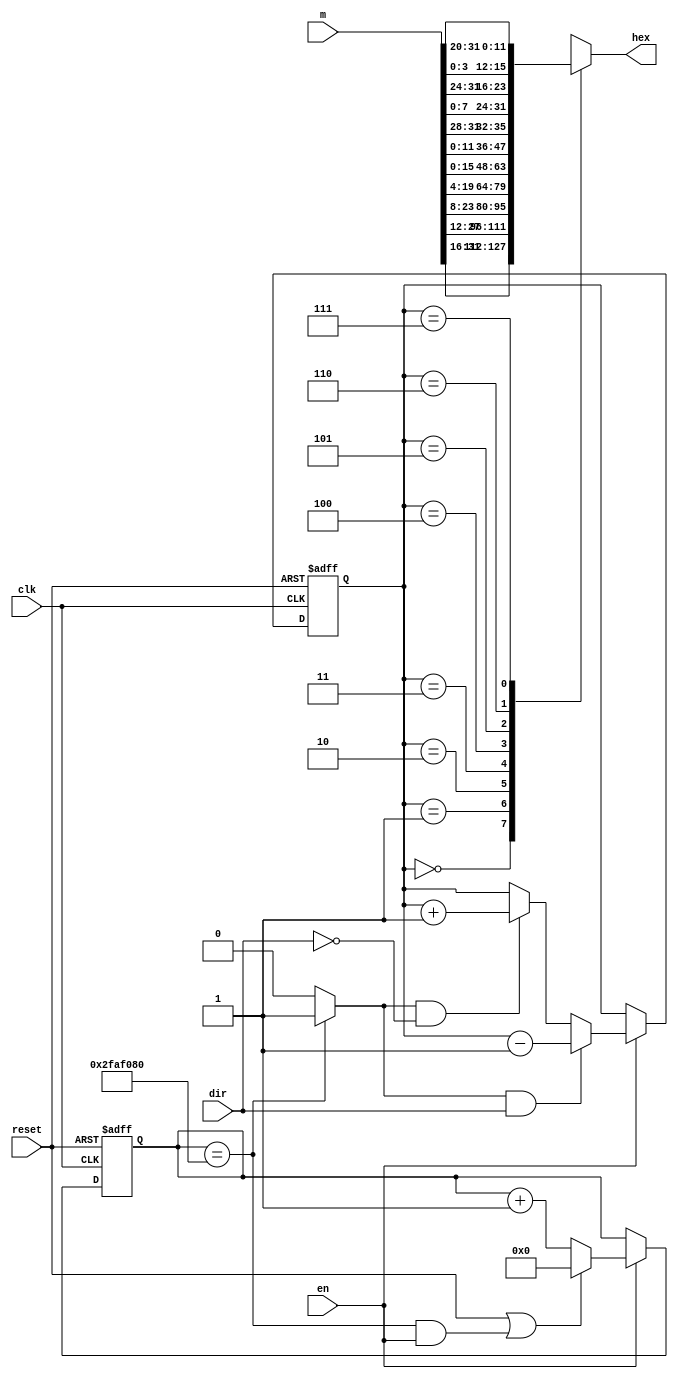
module rotating_banner(
    input clk,
    input reset,
    input en,
    input dir,            //if 0, rotate right. if 1, rotate left
    input [31:0] m, //10 hex value message to scroll on 4 seven seg display
    output reg [15:0] hex
    );
    
    parameter DVSR = 50000000; //Mod-M counter for 5 Hz shift frequency
    
    //counter for clock frequency
    reg [31:0] ms_reg;
    wire [31:0] ms_next;
    
    wire ms_tick;
    
    //counter for 8 rotating square states
    reg [2:0] count_reg;                       //count to shift hex values X times based on entry position
    wire [2:0] count_next;
    
    reg [31:0] reverse;
    reg [31:0] s0, s1, s2;
                
    always @(posedge clk, posedge reset)
        if(reset)
            begin
                ms_reg <= 0;
                count_reg <= 0;
            end
        else if (en)
            begin
                ms_reg <= ms_next;
                count_reg <= count_next;
            end
    
    //next-state logic
    
    assign ms_next = (reset || (ms_reg == DVSR && en)) ? 0 :
                                                  (en) ? ms_reg + 1 :
                                                         ms_reg;
    //asserts ms_tick if DVSR at max for counter                      
    assign ms_tick = (ms_reg == DVSR) ? 1'b1 : 1'b0;
    
    //if clock tick and clock wise, increment. if clock tick and counter clockwise, decrement. otherwise, keep count same
    assign count_next = (ms_tick && dir)  ? count_reg - 1 : 
                        (ms_tick && ~dir) ? count_reg + 1 :
                                            count_reg;
        
    //output logic
    
    always @*
        begin
            case(count_reg)
                3'b000: hex = m[31:16]; //no shift
                3'b001: hex = m[27:12];
                3'b010: hex = m[23:8];
                3'b011: hex = m[19:4];
                3'b100: hex = m[15:0];
                3'b101: hex = {m[11:0], m[31:28]};
                3'b110: hex = {m[7:0], m[31:24]};
                3'b111: hex = {m[3:0], m[31:20]};
            endcase
        end
    
endmodule